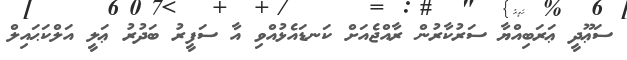
ސަޢޫދީ ޢަރަބިއްޔާ ސަރުކާރުން ރާއްޖެއަށް ކަނޑައެޅުއްވި އާ ސަފީރު ބަދުރު ޢަލީ އަލްކަޙައިލް